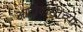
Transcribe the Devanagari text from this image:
आदीवासींच्या